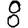
Digit: 8